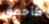
كأحمق